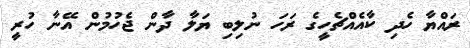
ރައްޔާ ހެދި ކާއެއްޗެހީގެ ރަހަ ނުލިބި ޔަލާ ދާން ޖެހުމުން އޭނާ ހުރީ